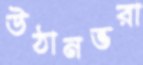
উঠানভরা